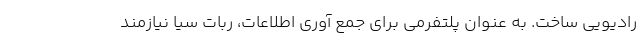
رادیویی ساخت. به عنوان پلتفرمی برای جمع آوری اطلاعات، ربات سیا نیازمند